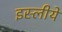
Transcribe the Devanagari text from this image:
इस्लीये